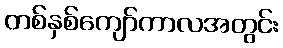
တစ်နှစ်ကျော်ကာလအတွင်း